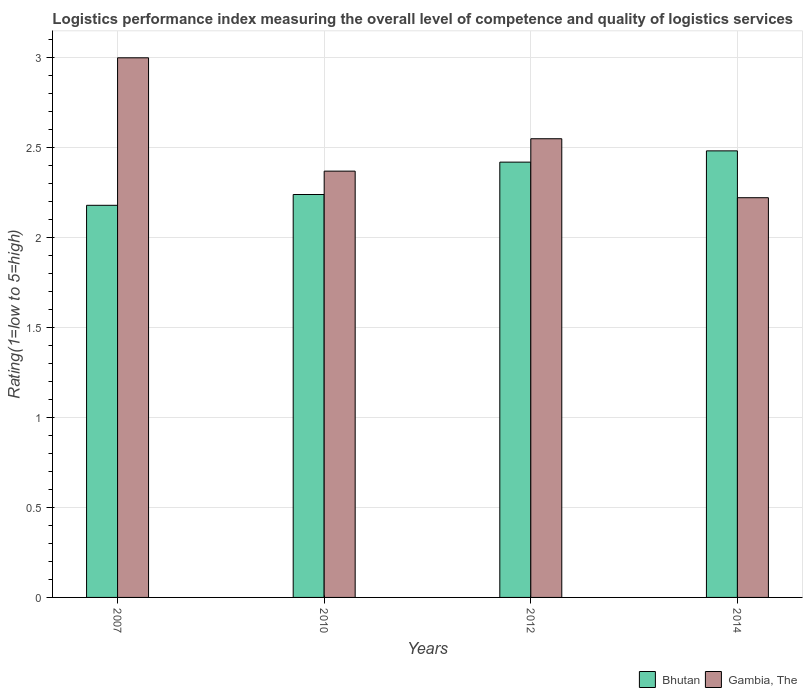
| Years | Bhutan | Gambia, The |
 | --- | --- | --- |
 | 2007 | 2.18 | 3 |
 | 2010 | 2.24 | 2.37 |
 | 2012 | 2.42 | 2.55 |
 | 2014 | 2.48 | 2.22 |